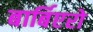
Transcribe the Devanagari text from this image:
बार्बिएरो